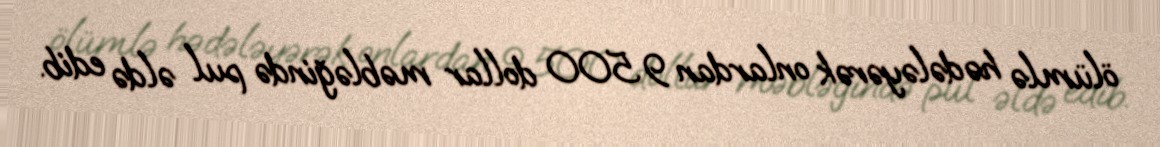
ölümlə hədələyərək onlardan 9 500 dollar məbləğində pul əldə edib.